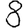
Digit: 8